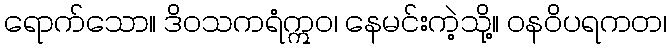
ရောက်သော။ ဒိဝသကရံဣဝ၊ နေမင်းကဲ့သို့။ ဝနဝိပရကတ၊